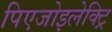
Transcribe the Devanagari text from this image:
पिएजोइलेक्ट्रि